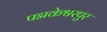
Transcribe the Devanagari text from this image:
पद्मकेश्वरपुर